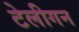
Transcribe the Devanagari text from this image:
टेलीगन